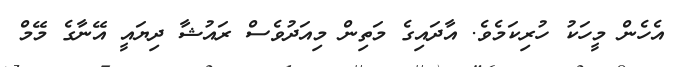
އެހެން މީހަކު ހުރިކަމެވެ. އާދައިގެ މަތިން މިއަދުވެސް ރައުޝާ ދިޔައީ އޭނާގެ މޭމް